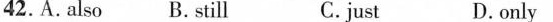
42.A.Also B. Still C.just D.only